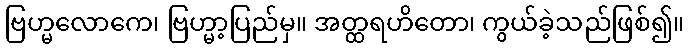
ဗြဟ္မလောကေ၊ ဗြဟ္မာ့ပြည်မှ။ အတ္ထရဟိတော၊ ကွယ်ခဲ့သည်ဖြစ်၍။